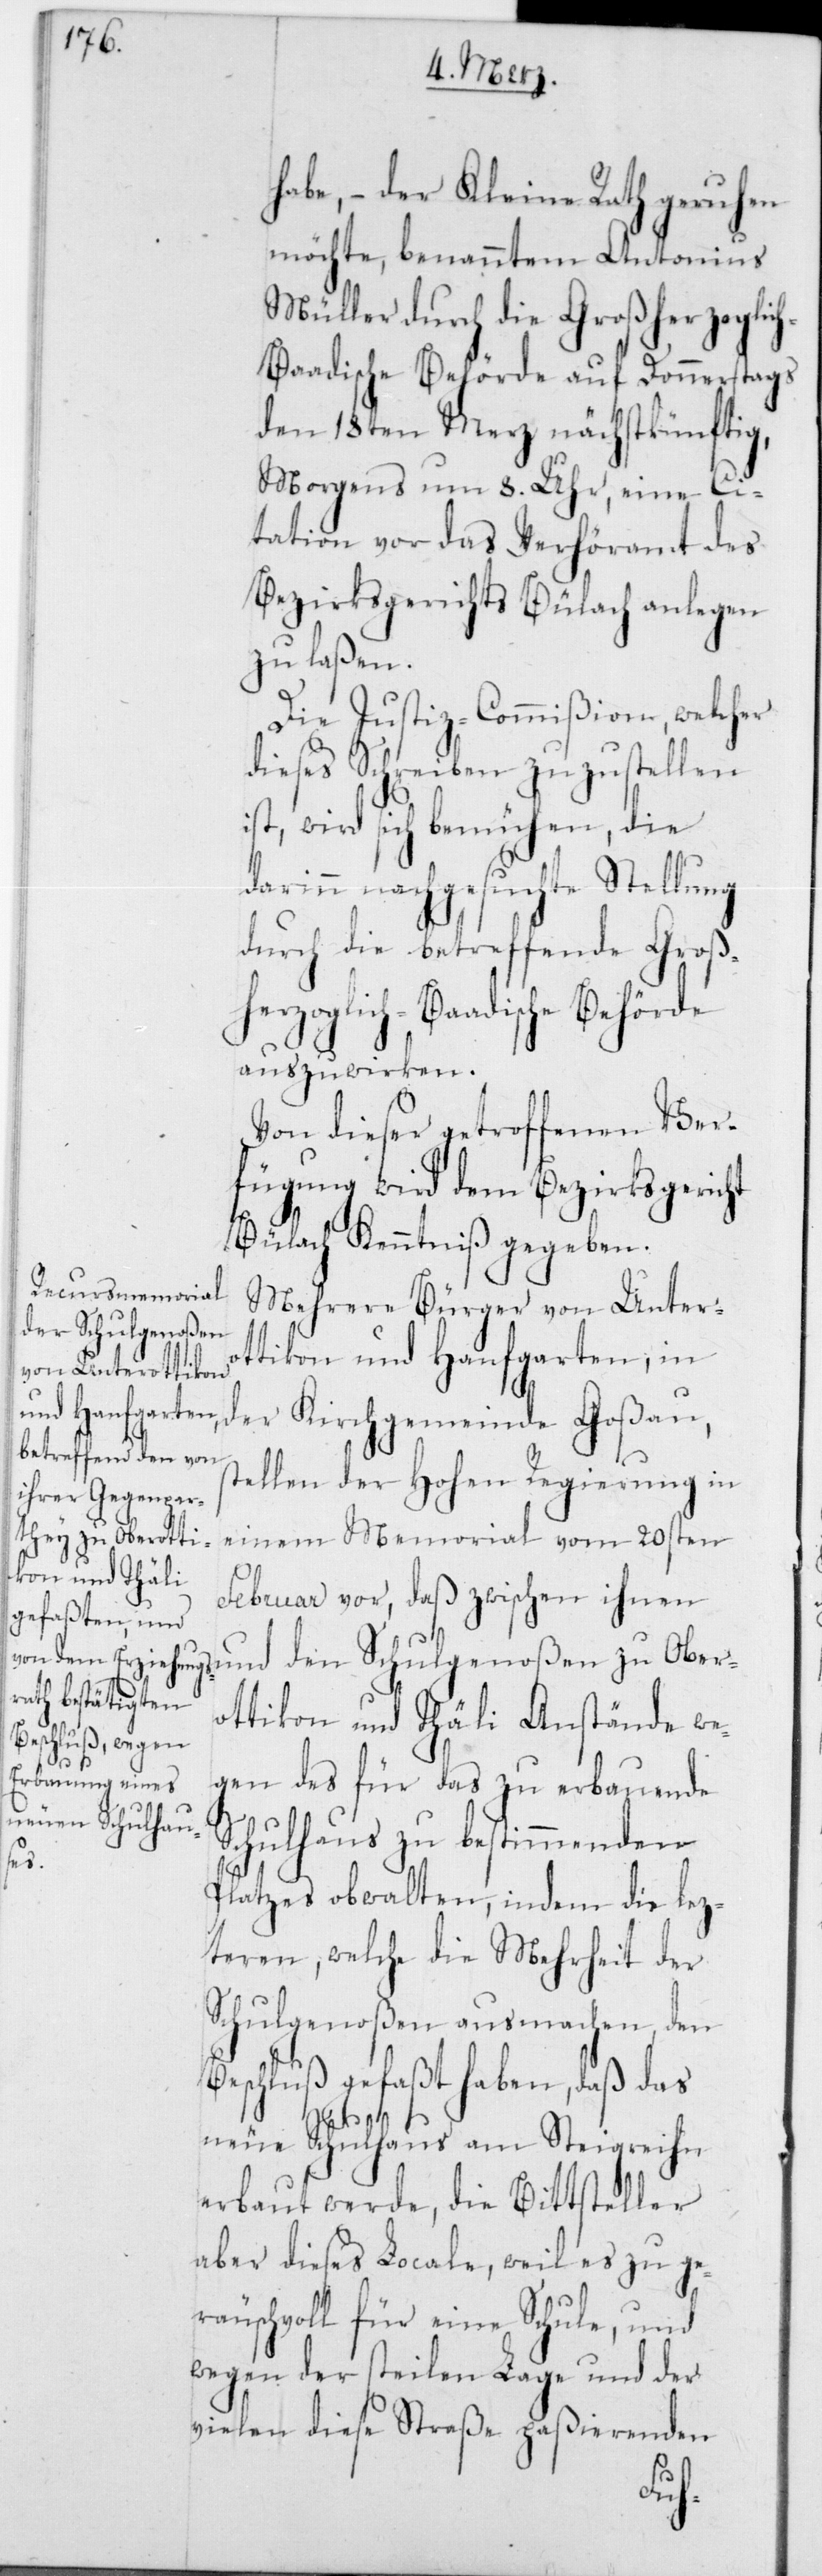
habe, – der Kleine Rath geruhen
möchte, benanntem Antonius
Müller durch die Großherzoglic¬
h-Baadische Behörde auf Donnerstags
den 18ten Merz nächstkünftig,
Morgens um 8 Uhr, eine Ci¬
tation vor das Verhöramt des
Beizirksgerichts Bülach anlegen
zu laßen.
Die Justiz-Commißion, welcher
dieses Schreiben zuzustellen
ist, wird sich bemühen, die
darinn nachgesuchte Stellung
durch die betreffende Groß¬
herzoglich-Baadische Behörde
auszuwirken.
Von dieser getroffenen Ver¬
fügung wird dem Bezirksgericht
Bülach Kenntniß gegeben.
Mehrere Bürger von Untero¬
den Schulgenoßen
ttikon und Hanfgarten, in
der Kirchgemeinde Goßau,
stellen der Hohen Regierung in
einem Memorial vom 20sten
Februar vor, daß zwischen ihnen
ottikon und Thäli Anstände we¬
gen des für das zu erbauende
Schulhaus zu bestimmenden
Platzes obwalten, indem die lez¬
teren, welche die Mehrheit der
Schulgenoßen ausmachen, den
Beschluß gefaßt haben, daß das
neue Schulhaus am Steigreihn
erbaut werde, die Bittsteller
aber dieses Locale, weil es zu ge¬
räuschvoll für eine Schule, und
wegen der steilen Lage und der
vielen diese Straße paßierenden
Ober¬